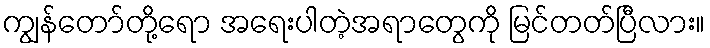
ကျွန်တော်တို့ရော အရေးပါတဲ့အရာတွေကို မြင်တတ်ပြီလား။